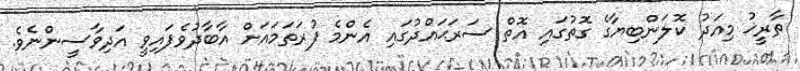
ތާރީޚު މިއަދު ކޮލަންބިޔާގެ ގޮތުގައި އޮތް ސަރަޙައްދުގައި އެންމެ ފުރަތަމައަށް އާބާދުވެފައިިވީ އަދިވާސީންނެވެ.